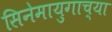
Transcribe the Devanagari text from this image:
सिनेमायुगाच्या